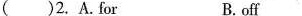
( )2. A.For B.off